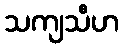
သကျသီဟ